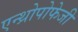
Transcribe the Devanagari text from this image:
एन्थ्रोपोफेजी